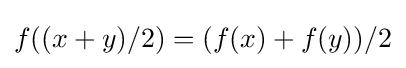
f((x+y)/2)=(f(x)+f(y))/2